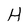
Character: H